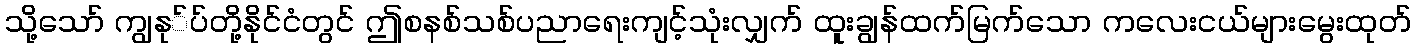
သို့သော် ကျွနု်ပ်တို့နိုင်ငံတွင် ဤစနစ်သစ်ပညာရေးကျင့်သုံးလျှက် ထူးချွန်ထက်မြက်သော ကလေးငယ်များမွေးထုတ်